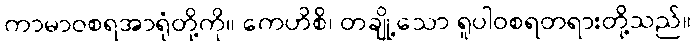
ကာမာဝစရအာရုံတို့ကို။ ကေဟိစိ၊ တချို့သော ရူပါဝစရတရားတို့သည်။